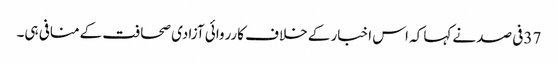
37فی صد نےکہا کہ اس اخبار کے خلاف کارروائی آزادی صحافت کےمنافی ہی۔